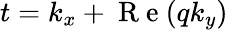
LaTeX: t=k_{x}+\mathrm{~R~e~}(qk_{y})